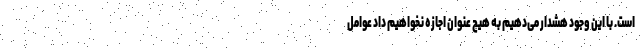
است. با این وجود هشدار می‌دهیم به هیچ عنوان اجازه نخواهیم داد عوامل